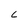
Character: C